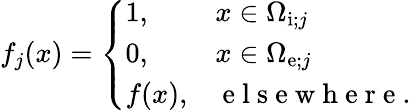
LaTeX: \begin{array}{r}{f_{j}(x)=\left\{ \begin{array}{ll}{1,\quad}&{x\in\Omega_{\mathrm{i};j}}\\ {0,}&{x\in\Omega_{\mathrm{e};j}}\\ {f(x),}&{\mathrm{~e~l~s~e~w~h~e~r~e~}.}\end{array}\right.}\end{array}